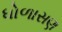
ધોળાસણ